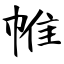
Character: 帷